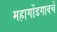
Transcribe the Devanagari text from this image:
महागोंडगावचे